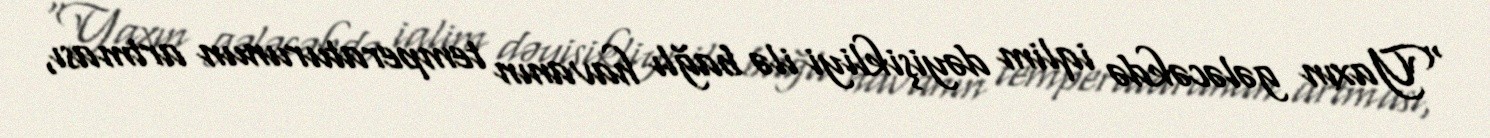
“Yaxın gələcəkdə iqlim dəyişikliyi ilə bağlı havanın temperaturunun artması,